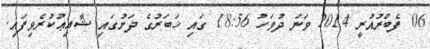
06 ފެބްރުއުރީ 2014 ވަނަ ދުވަހު 18:56 ގައި ޚަބަރުގެ ދަށުގައި ޝާއިޢުކުރެވިފައި.